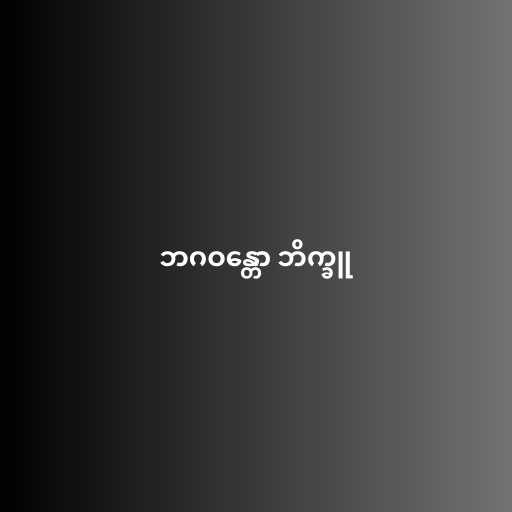
ဘဂဝန္တော ဘိက္ခူ